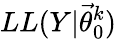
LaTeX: LL(Y|\vec{\theta}_{0}^{k})